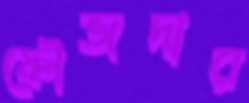
ফৌজদার